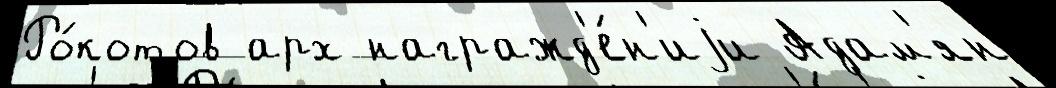
Ро́котов арх награжд'е́н'иjи Адам'ян